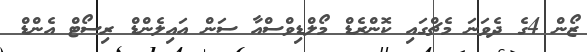
ޒޯން 4ގެ ދެވަނަ މެޗްގައި ކޮންރެޑް މޯލްޑިވްސްއާ ސަން އައިލެންޑް ރިސޯޓް އެންޑް